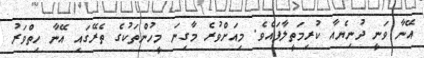
އޭނާ ވަނީ ދުނިޔެއާ ކުރިމަތީލާފައެވެ. މިއަށްވުރެ މާގިނަ މީހުންތަކުގެ ތެރޭގައި އޭނާ ހިތްވަރު